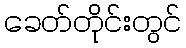
ခေတ်တိုင်းတွင်